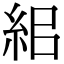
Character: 𥿓